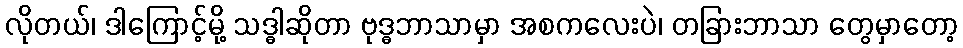
လိုတယ်၊ ဒါကြောင့်မို့ သဒ္ဓါဆိုတာ ဗုဒ္ဓဘာသာမှာ အစကလေးပဲ၊ တခြားဘာသာ တွေမှာတော့